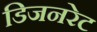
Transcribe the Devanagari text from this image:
डिजनरेट